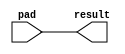
//------------------------------------------------------------------------
//   This Verilog file was developed by Altera Corporation.  It may be
// freely copied and/or distributed at no cost.  Any persons using this
// file for any purpose do so at their own risk, and are responsible for
// the results of such use.  Altera Corporation does not guarantee that
// this file is complete, correct, or fit for any particular purpose.
// NO WARRANTY OF ANY KIND IS EXPRESSED OR IMPLIED.  This notice must
// accompany any copy of this file.
//
//------------------------------------------------------------------------
// Imported to Opencores directory.   Date Sept 10, 2001
// Split related modules into separate files, as the manual splits them.
// Added example instantiations to the beginning of each file.
//
/* EXAMPLE INSTANTIATIONS:

lpm_inpad
#( 1                          // lpm_width (width of input)
 ) lpm_inpad_example (
  .pad                        (data_in[lpm_width-1:0]),
  .result                     (data_out[lpm_width-1:0])
);

lpm_outpad
#( 1                          // lpm_width (width of input)
 ) lpm_outpad_example (
  .pad                        (data_out[lpm_width-1:0]),
  .data                       (data_in[lpm_width-1:0])
);

lpm_bipad
#( 1                          // lpm_width (width of input)
 ) lpm_bipad_example (
  .pad                        (data_bi[lpm_width-1:0]),
  .result                     (data_out[lpm_width-1:0]),
  .data                       (data_in[lpm_width-1:0]),
  .enable                     (oe_data_to_pad)
);
*/

//------------------------------------------------------------------------
// LPM Synthesizable Models
//------------------------------------------------------------------------
// Version 1.5 (lpm 220)      Date 12/17/99
//
// Modified LPM_ADD_SUB and LPM_MULT to accomodate LPM_WIDTH = 1.
//   Default values for LPM_WIDTH* are changed back to 1.
// Added LPM_HINT to LPM_DIVIDE.
// Rewritten LPM_FIFO_DC to output correctly.
// Modified LPM_FIFO to output 0s before first read, output correct
//   values after aclr and sclr, and output LPM_NUMWORDS mod
//   exp(2, LPM_WIDTHU) when FIFO is full.
//
//------------------------------------------------------------------------
// Version 1.4.1 (lpm 220)    Date 10/29/99
//
// Default values for LPM_WIDTH* of LPM_ADD_SUB and LPM_MULT are changed
//   from 1 to 2.
//
//------------------------------------------------------------------------
// Version 1.4 (lpm 220)      Date 10/18/99
//
// Default values for each optional inputs for ALL modules are added.
// Some LPM_PVALUE implementations were missing, and now implemented.
//
//------------------------------------------------------------------------
// Version 1.3 (lpm 220)      Date 06/23/99
//
// Corrected LPM_FIFO and LPM_FIFO_DC cout and empty/full flags.
// Implemented LPM_COUNTER cin/cout, and LPM_MODULUS is now working.
//
//------------------------------------------------------------------------
// Version 1.2 (lpm 220)      Date 06/16/99
//
// Added LPM_RAM_DP, LPM_RAM_DQ, LPM_IO, LPM_ROM, LPM_FIFO, LPM_FIFO_DC.
// Parameters and ports are added/discarded according to the spec.
//
//------------------------------------------------------------------------
// Version 1.1 (lpm 220)      Date 02/05/99
//
// Added LPM_DIVIDE module.
//
//------------------------------------------------------------------------
// Version 1.0                Date 07/09/97
//
//------------------------------------------------------------------------
// Excluded Functions:
//
//  LPM_FSM and LPM_TTABLE.
//
//------------------------------------------------------------------------
// Assumptions:
//
// 1. LPM_SVALUE, LPM_AVALUE, LPM_MODULUS, and LPM_NUMWORDS,
//    LPM_STRENGTH, LPM_DIRECTION, and LPM_PVALUE  default value is
//    string UNUSED.
//
//------------------------------------------------------------------------
// Verilog Language Issues:
//
// Two dimensional ports are not supported. Modules with two dimensional
// ports are implemented as one dimensional signal of (LPM_SIZE * LPM_WIDTH)
// bits wide.
//
//------------------------------------------------------------------------
// Synthesis Issues:
//
// 1. LPM_COUNTER
//
// Currently synthesis tools do not allow mixing of level and edge
// sensetive signals. To overcome that problem the "data" signal is
// removed from the clock always block of lpm_counter, however the
// synthesis result is accurate. For correct simulation add the "data"
// pin to the sensetivity list as follows:
//
//  always @(posedge clock or posedge aclr or posedge aset or
//           posedge aload or data)
//------------------------------------------------------------------------

module lpm_inpad ( result, pad );

// NOTE: Parameters must be declared in the same order as the Properties
//       are specified in the Cell Specification document.
	parameter lpm_width = 1;
	parameter lpm_type = "lpm_inpad";
	parameter lpm_hint = "UNUSED";
	parameter lpm_source_version = "lpm 220 version 1.6";

	input  [lpm_width-1:0] pad;
	output [lpm_width-1:0] result;

	reg    [lpm_width-1:0] result;

	always @(pad)
	begin
		result = pad;
	end

// Check for previous Parameter declaration order
initial if ((lpm_width === "lpm_inpad") || (lpm_type !== "lpm_inpad"))
  begin
    $display ("LPM 220 Version 1.6 Parameter Order changed; update instantiation");
    $finish;
  end
endmodule // lpm_inpad

//------------------------------------------------------------------------

module lpm_outpad ( data, pad );

// NOTE: Parameters must be declared in the same order as the Properties
//       are specified in the Cell Specification document.
	parameter lpm_width = 1;
	parameter lpm_type = "lpm_outpad";
	parameter lpm_hint = "UNUSED";
	parameter lpm_source_version = "lpm 220 version 1.6";

	input [lpm_width-1:0] data;
	output  [lpm_width-1:0] pad;

	reg   [lpm_width-1:0] pad;

	always @(data)
	begin
		pad = data;
	end

// Check for previous Parameter declaration order
initial if ((lpm_width === "lpm_outpad") || (lpm_type !== "lpm_outpad"))
  begin
    $display ("LPM 220 Version 1.6 Parameter Order changed; update instantiation");
    $finish;
  end
endmodule // lpm_outpad

//------------------------------------------------------------------------

module lpm_bipad ( result, pad, data, enable );

// NOTE: Parameters must be declared in the same order as the Properties
//       are specified in the Cell Specification document.
	parameter lpm_width = 1;
	parameter lpm_type = "lpm_bipad";
	parameter lpm_hint = "UNUSED";
	parameter lpm_source_version = "lpm 220 version 1.6";

	input  [lpm_width-1:0] data;
	input  enable;
	inout  [lpm_width-1:0] pad;
	output [lpm_width-1:0] result;

	reg    [lpm_width-1:0] tmp_pad;
	reg    [lpm_width-1:0] result;

	always @(data or pad or enable)
	begin
		if (enable == 1)
		begin
			tmp_pad = data;
			result = 'bz;
		end
		else if (enable == 0)
		begin
			result = pad;
			tmp_pad = 'bz;
		end
	end

	assign pad = tmp_pad;

// Check for previous Parameter declaration order
initial if ((lpm_width === "lpm_bipad") || (lpm_type !== "lpm_bipad"))
  begin
    $display ("LPM 220 Version 1.6 Parameter Order changed; update instantiation");
    $finish;
  end
endmodule // lpm_bipad